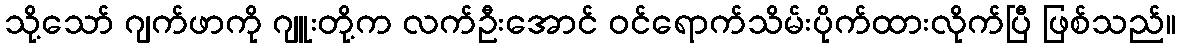
သို့သော် ဂျက်ဖာကို ဂျူးတို့က လက်ဦးအောင် ဝင်ရောက်သိမ်းပိုက်ထားလိုက်ပြီ ဖြစ်သည်။